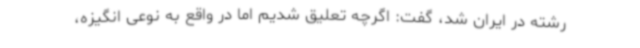
رشته در ایران شد، گفت: اگرچه تعلیق شدیم اما در واقع به نوعی انگیزه،